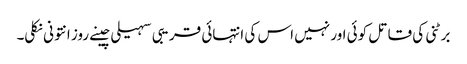
برٹنی کی قاتل کوئی اور نہیں اس کی انتہائی قریبی سہیلی چینے روز انتونی نکلی۔